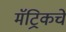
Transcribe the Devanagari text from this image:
मॅट्रिकचे